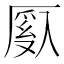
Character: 𫨙